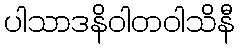
ပါသာဒနိဝါတဝါသိနီ